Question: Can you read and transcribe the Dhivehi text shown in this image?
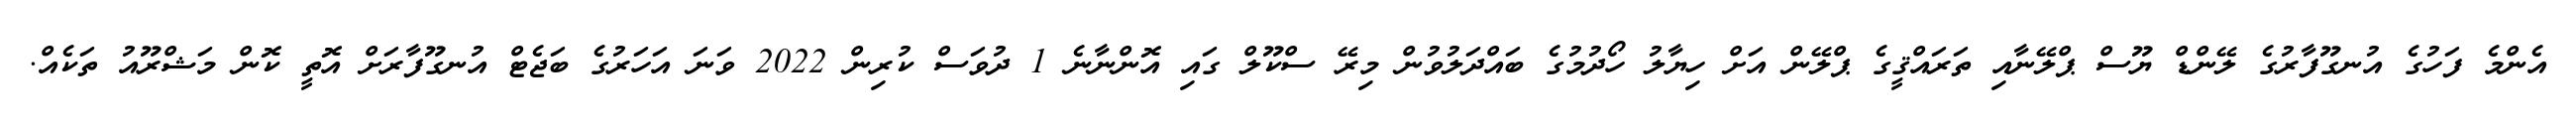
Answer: އެންމެ ފަހުގެ އުނގޫފާރުގެ ލޭންޑް ޔޫސް ޕްލޭނާއި ތަރައްޤީގެ ޕްލޭން އަށް ހިޔާލު ހޯދުމުގެ ބައްދަލުވުން މިރޭ ސްކޫލް ގައި އޮންނާނެ 1 ދުވަސް ކުރިން 2022 ވަނަ އަހަރުގެ ބަޖެޓް އުނގޫފާރަށް އޮތީ ކޮން މަޝްރޫއު ތަކެއް.